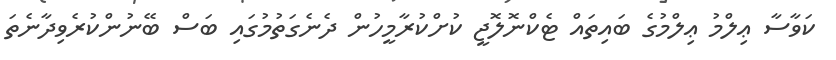
ކަވާސާ ޢިލްމު ޢިލްމުގެ ބައިތައް ޓެކްނޮލޮޖީ ކުށްކުރާމީހުން ދެނެގަތުމުގައި ބަސް ބޭނުންކުރެވިދާނެތަ